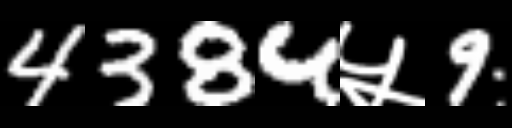
Text: 4384५9